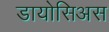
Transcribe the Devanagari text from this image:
डायोसिअस